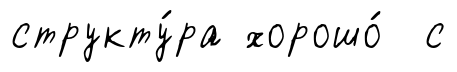
структу́ра хорошо́ с